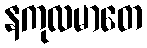
နကုလမာတေ